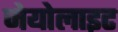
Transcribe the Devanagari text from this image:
जेयोलाइट